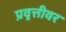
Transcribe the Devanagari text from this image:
प्रवृत्तीवर